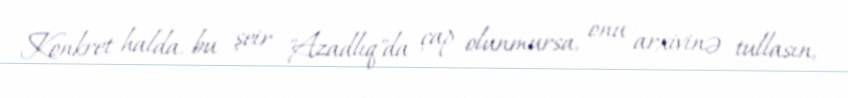
Konkret halda, bu şeir "Azadlıq"da çap olunmursa, onu arxivinə tullasın,